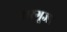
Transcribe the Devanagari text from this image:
सरगूजा